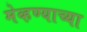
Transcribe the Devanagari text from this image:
मेव्हण्याच्या